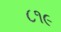
૮૧૯